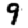
Digit: 9